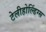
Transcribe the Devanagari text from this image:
टेलीहोल्डिंग्स